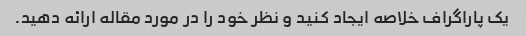
یک پاراگراف خلاصه ایجاد کنید و نظر خود را در مورد مقاله ارائه دهید.